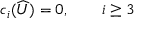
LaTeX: c _ { i } ( \widehat { U } ) = 0 , \qquad i \geq 3